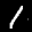
Label: 1